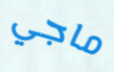
ماجي